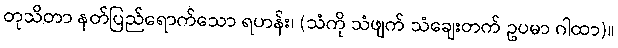
တုသိတာ နတ်ပြည်ရောက်သော ရဟန်း၊ (သံကို သံဖျက် သံချေးတက် ဥပမာ ဂါထာ)။